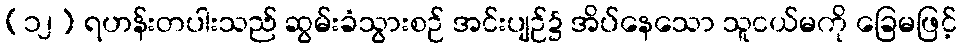
(၁၂) ရဟန်းတပါးသည် ဆွမ်းခံသွားစဉ် အင်းပျဉ်၌ အိပ်နေသော သူငယ်မကို ခြေမဖြင့်